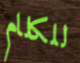
للكلام